Civil Veterinary Department. Madras. Admin. report 1926-33 - 1926-1933
Year: 1926
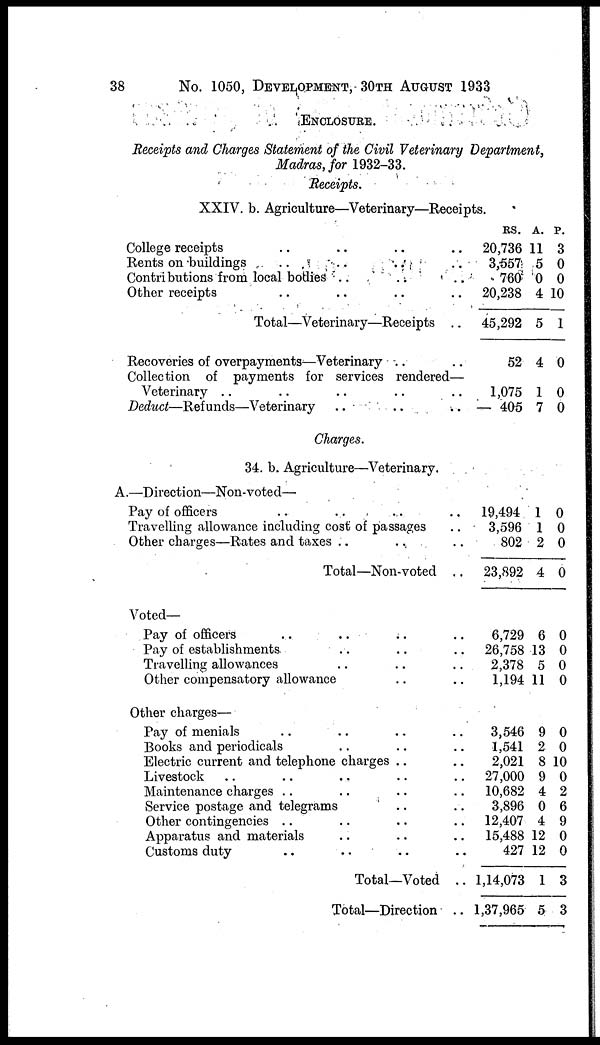
38
No. 1050, DEVELOPMENT, 30TH AUGUST 1933
ENCLOSURE.
Receipts and Charges Statement of the Civil Veterinary Department,
Madras, for 1932-33.
Receipts.
XXIV. b. Agriculture—Veterinary—Receipts.
College receipts .. .. .. .. ..
Rents on buildings .. ..
Contributions from local bodies .. ..
Other receipts .. .. .. ..
Total—Veterinary—Receipts ..
Recoveries of overpayments—Veterinary .. ..
Collection of payments for services rendered—
Veterinary .. .. .. ..
Deduct—Refunds—Veterinary .. ..
Charges.
34. b. Agriculture—Veterinary
A.—Direction—Non-voted—
Pay of officers .. .. .. ..
Travelling allowance including cost of passages ..
Other charges—Rates and taxes .. .. ..
Total—Non-voted ..
Voted—
Pay of officers .. .. .. ..
Pay of establishments .. .. .. .. ..
Travelling allowances .. .. .. ..
Other compensatory allowance .. .. ..
Other charges—
Pay of menials .. .. .. .. ..
Books and periodicals .. .. .. ..
Electric current and telephone charges .. .. .. ..
Livestock .. .. .. ..
Maintenance charges .. .. .. ..
Service postage and telegrams .. .. .. ..
Other contingencies .. .. .. ..
Apparatus and materials .. .. .. ..
Customs duty .. .. .. .. ..
Total—Voted ..
Total—Direction ..
RS.
20,736
3,557
760
20,238
45,292
52
1,075
— 405
19,494
3,596
802
23,892
6,729
26,758
2,378
1,194
3,546
1,541
2,021
27,000
10,682
3,896
12,407
15,488
427
1,14,073
1,37,965
A.
11
5
0
4
5
4
1
7
1
1
2
4
6
13
5
11
9
2
8
9
4
0
4
12
12
1
5
P.
3
0
0
10
1
0
0
0
0
0
0
0
0
0
0
0
0
0
10
0
2
6
9
0
0
3
3